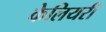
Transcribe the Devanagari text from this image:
केलियरी